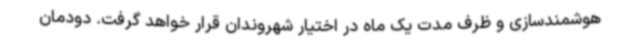
هوشمندسازی و ظرف مدت یک ماه در اختیار شهروندان قرار خواهد گرفت. دودمان